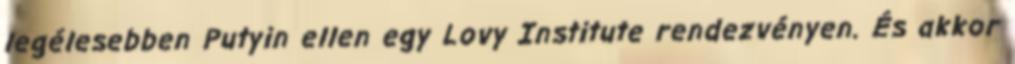
legélesebben Putyin ellen egy Lovy Institute rendezvényen. És akkor